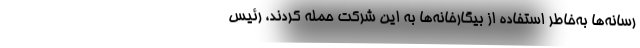
رسانه‌ها به‌خاطر استفاده از بیگارخانه‌ها به این شرکت حمله کردند، رئیس